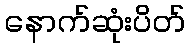
နောက်ဆုံးပိတ်